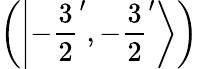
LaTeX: \left(\left|-{\frac{3}{2}}^{\prime},-{\frac{3}{2}}^{\prime}\right\rangle\right)